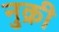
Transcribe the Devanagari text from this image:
नुक्री